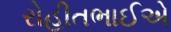
રોહીતભાઈએ